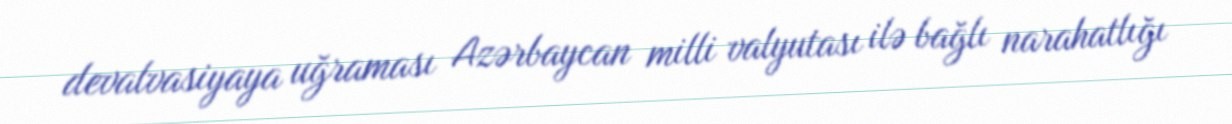
devalvasiyaya uğraması Azərbaycan milli valyutası ilə bağlı narahatlığı